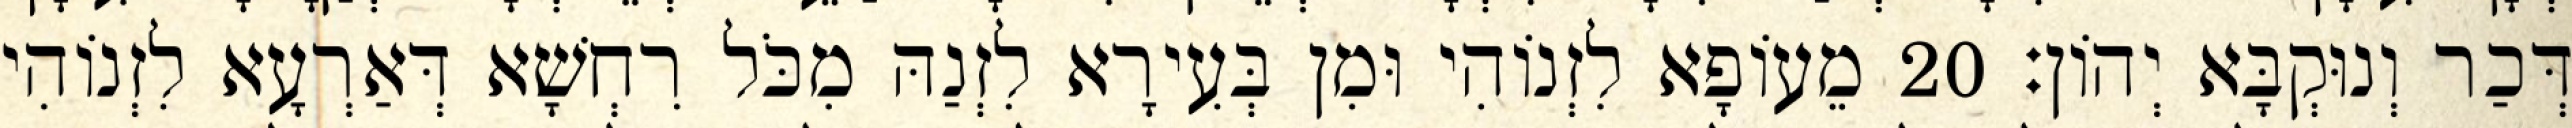
דְּכַר וְנוּקְבָּא יְהוֹן׃ 20 מֵעוֹפָא לִזְנוֹהִי וּמִן בְּעִירָא לִזְנַהּ מִכֹּל רִחְשָׁא דְּאַרְעָא לִזְנוֹהִי